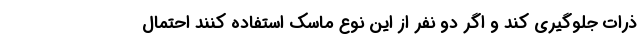
ذرات جلوگیری کند و اگر دو نفر از این نوع ماسک استفاده کنند احتمال